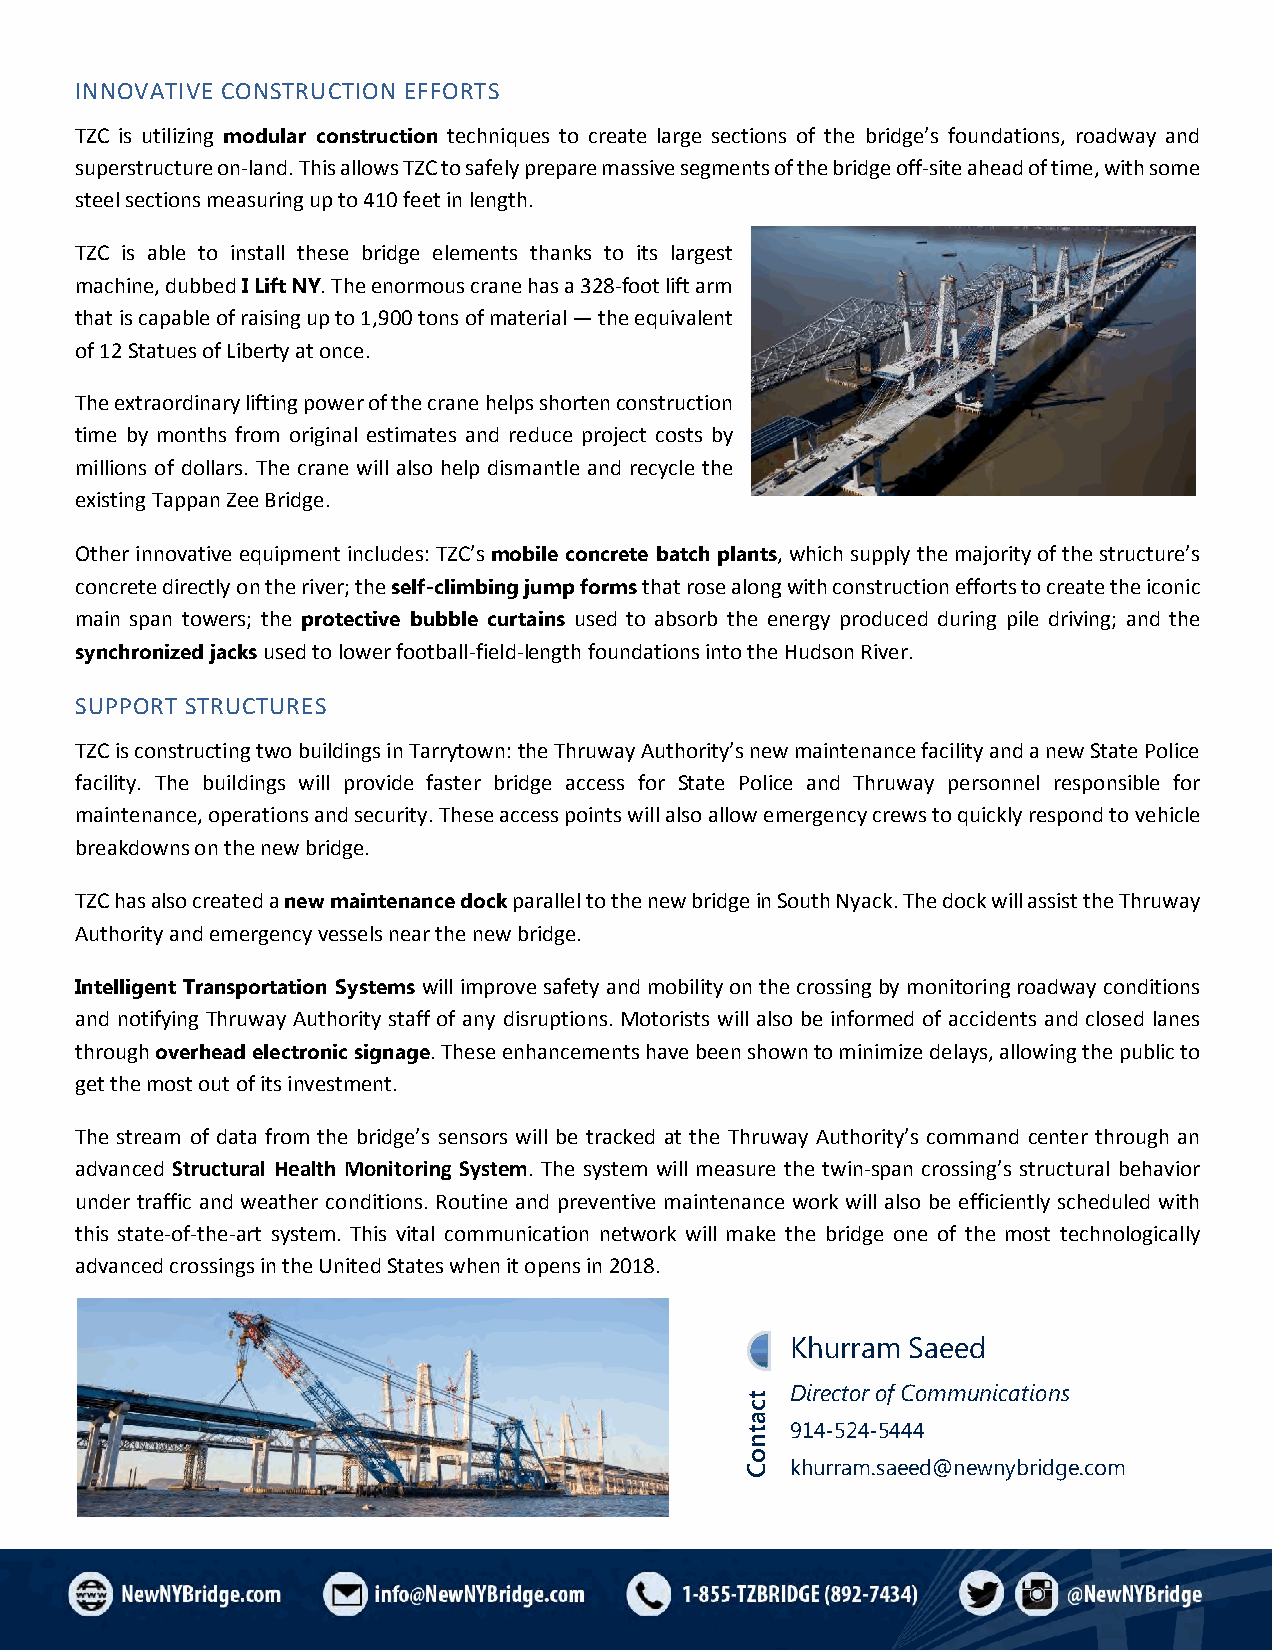
INNOVATIVE CONSTRUCTION EFFORTS
 TZC is utilizing modular construction techniques to create large sections of the bridge’s foundations, roadway and
 superstructure on-land. This allows TZC to safely prepare massive segments of the bridge off-site ahead of time, with some
 steel sections measuring up to 410 feet in length.
 TZC is able to install these bridge elements thanks to its largest
 machine, dubbed I Lift NY. The enormous crane has a 328-foot lift arm
 that is capable of raising up to 1,900 tons of material — the equivalent
 of 12 Statues of Liberty at once.
 The extraordinary lifting power of the crane helps shorten construction
 time by months from original estimates and reduce project costs by
 millions of dollars. The crane will also help dismantle and recycle the
 existing Tappan Zee Bridge.
 Other innovative equipment includes: TZC’s mobile concrete batch plants, which supply the majority of the structure’s
 concrete directly on the river; the self-climbing jump forms that rose along with construction efforts to create the iconic
 main span towers; the protective bubble curtains used to absorb the energy produced during pile driving; and the
 synchronized jacks used to lower football-field-length foundations into the Hudson River.
 SUPPORT STRUCTURES
 TZC is constructing two buildings in Tarrytown: the Thruway Authority’s new maintenance facility and a new State Police
 facility. The buildings will provide faster bridge access for State Police and Thruway personnel responsible for
 maintenance, operations and security. These access points will also allow emergency crews to quickly respond to vehicle
 breakdowns on the new bridge.
 TZC has also created a new maintenance dock parallel to the new bridge in South Nyack. The dock will assist the Thruway
 Authority and emergency vessels near the new bridge.
 Intelligent Transportation Systems will improve safety and mobility on the crossing by monitoring roadway conditions
 and notifying Thruway Authority staff of any disruptions. Motorists will also be informed of accidents and closed lanes
 through overhead electronic signage. These enhancements have been shown to minimize delays, allowing the public to
 get the most out of its investment.
 The stream of data from the bridge’s sensors will be tracked at the Thruway Authority’s command center through an
 advanced Structural Health Monitoring System. The system will measure the twin-span crossing’s structural behavior
 under traffic and weather conditions. Routine and preventive maintenance work will also be efficiently scheduled with
 this state-of-the-art system. This vital communication network will make the bridge one of the most technologically
 advanced crossings in the United States when it opens in 2018.
 Khurram Saeed
 Director of Communications
 914-524-5444
 khurram.saeed@newnybridge.com
 tcatnoC